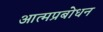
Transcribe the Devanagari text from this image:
आत्मप्रबोधन